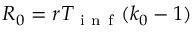
R _ { 0 } = r T _ { \mathrm { ~ i ~ n ~ f ~ } } ( k _ { 0 } - 1 )